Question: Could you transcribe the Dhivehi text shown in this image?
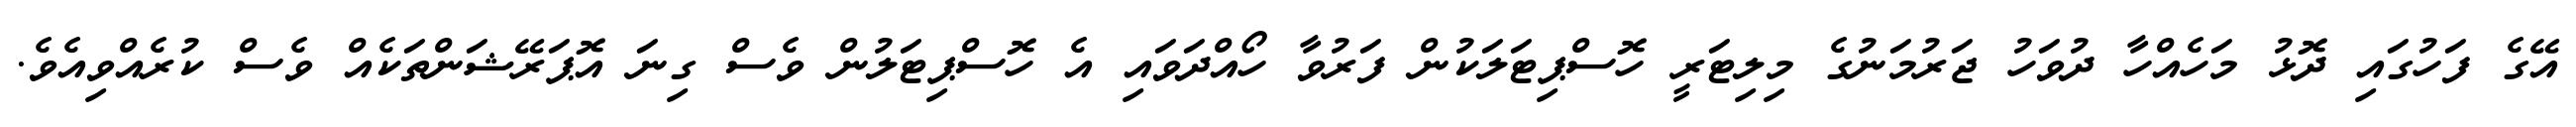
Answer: އޭގެ ފަހުގައި ދޮޅު މަހެއްހާ ދުވަހު ޖަރުމަނުގެ މިލިޓަރީ ހޮސްޕިޓަލަކުން ފަރުވާ ހޯއްދަވައި އެ ހޮސްޕިޓަލުން ވެސް ގިނަ އޮޕަރޭޝަންތަކެއް ވެސް ކުރެއްވިއެވެ.